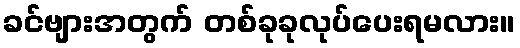
ခင်ဗျားအတွက် တစ်ခုခုလုပ်ပေးရမလား။